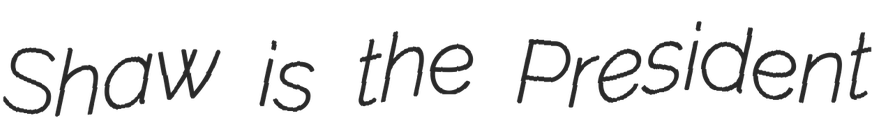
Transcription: Shaw is the President